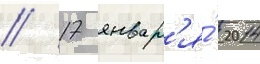
// 17 январ'я́ 2014